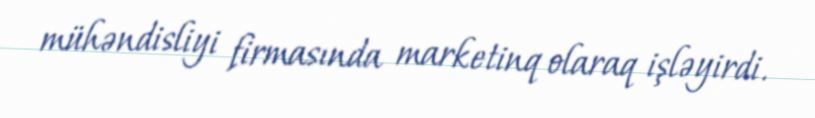
mühəndisliyi firmasında marketinq olaraq işləyirdi.